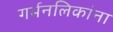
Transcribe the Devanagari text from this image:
गर्भनलिकांना